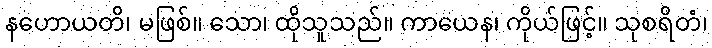
နဟောယတိ၊ မဖြစ်။ သော၊ ထိုသူသည်။ ကာယေန၊ ကိုယ်ဖြင့်။ သုစရိတံ၊